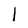
Character: I